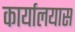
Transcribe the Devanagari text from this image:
कार्यालयास